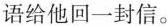
语给他回一封信。